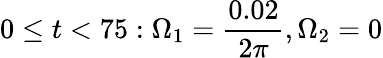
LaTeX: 0\leq t<75:\Omega_{1}=\frac{0.02}{2\pi},\Omega_{2}=0